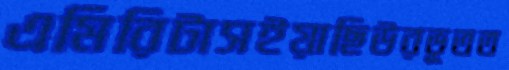
এমিরিটাসইয়াছিউরভূতত